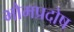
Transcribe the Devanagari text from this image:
भौमप्रदोष